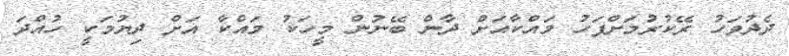
ދެދުވަހު ރޭކުރުމަށްފަހު މައްކާއަށް ދާން ބޭނުން މީހަކު މައްކާ އަށް ދިޔުމަކީ ހުއްދަ